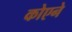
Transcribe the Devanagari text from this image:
कोएने